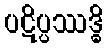
ပဋိပ္ပဿဒ္ဓိ